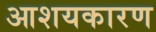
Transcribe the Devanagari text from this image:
आशयकारण